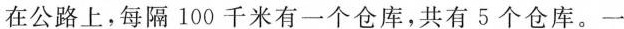
在公路上，每隔100千米有一个仓库，共有5个仓库。一